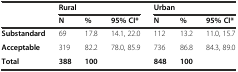
<table><thead><tr><td></td><td colspan="3"><b>Rural</b></td><td colspan="3"><b>Urban</b></td></tr><tr><td></td><td><b>N</b></td><td><b>%</b></td><td><b>95% CI*</b></td><td><b>N</b></td><td><b>%</b></td><td><b>95% CI*</b></td></tr></thead><tbody><tr><td><b>Substandard</b></td><td>69</td><td>17.8</td><td>14.1, 22.0</td><td>112</td><td>13.2</td><td>11.0, 15.7</td></tr><tr><td><b>Acceptable</b></td><td>319</td><td>82.2</td><td>78.0, 85.9</td><td>736</td><td>86.8</td><td>84.3, 89.0</td></tr><tr><td><b>Total</b></td><td><b>388</b></td><td><b>100</b></td><td></td><td><b>848</b></td><td><b>100</b></td><td></td></tr></tbody></table>